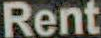
Rent